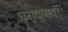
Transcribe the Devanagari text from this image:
घरादारावर